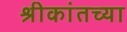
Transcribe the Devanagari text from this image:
श्रीकांतच्या